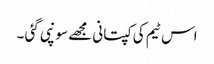
اس ٹیم کی کپتانی مجھے سونپی گئی ۔